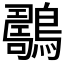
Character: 𪆇